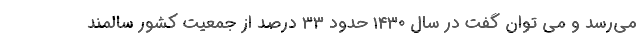
می‌رسد و می توان گفت در سال ۱۴۳۰ حدود ۳۳ درصد از جمعیت کشور سالمند